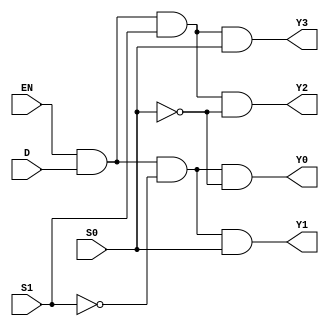
module demux1to4 (
    input D,
    input S0,
    input S1,
    input EN,
    output Y0,
    output Y1,
    output Y2,
    output Y3
);
    wire nS0, nS1;

    not (nS0, S0);
    not (nS1, S1);

    and (Y0, EN, D, nS1, nS0);
    and (Y1, EN, D, nS1, S0);
    and (Y2, EN, D, S1, nS0);
    and (Y3, EN, D, S1, S0);
endmodule